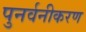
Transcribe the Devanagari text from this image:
पुनर्वनीकरण